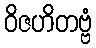
ဝိဇဟိတဗ္ဗံ